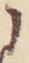
に